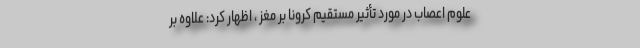
علوم اعصاب در مورد تأثیر مستقیم کرونا بر مغز ، اظهار کرد: علاوه بر